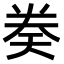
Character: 𫝤